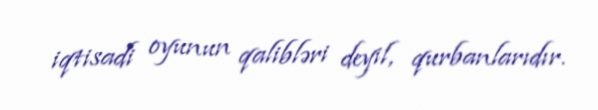
iqtisadi oyunun qalibləri deyil, qurbanlarıdır.